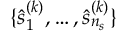
\{ \hat { s } _ { 1 } ^ { ( k ) } , \ldots , \hat { s } _ { n _ { s } } ^ { ( k ) } \}